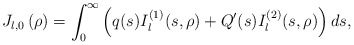
\begin{align*}J_{l,0}\left( \rho\right) =\int_{0}^{\infty}\left( q(s)I_{l}^{\left(1\right) }(s,\rho)+Q^{\prime}(s)I_{l}^{\left( 2\right) }(s,\rho)\right)ds,\end{align*}